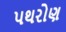
પથરોણ